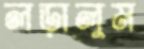
লড়ালুম